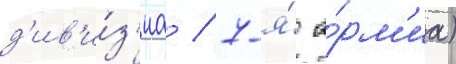
д'ив'и́з'иа / 7-я́ а́рм'иа)